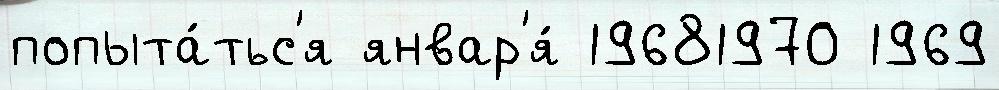
попыта́тьс'я январ'я́ 19681970 1969